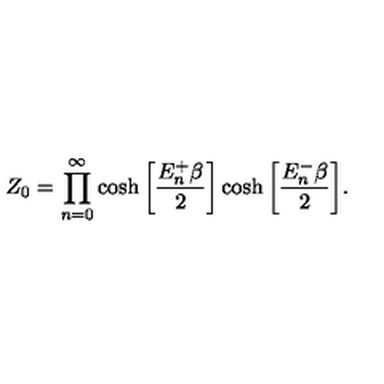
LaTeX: Z _ { 0 } = \prod _ { n = 0 } ^ { \infty } \cosh \bigg [ \frac { E _ { n } ^ { + } \beta } { 2 } \bigg ] \cosh \bigg [ \frac { E _ { n } ^ { - } \beta } { 2 } \bigg ] .